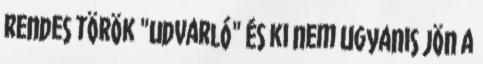
rendes török "udvarló" és ki nem Ugyanis jön a